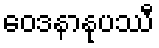
ဝေဒနာနုပဿီ